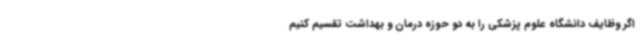
اگر وظایف دانشگاه علوم پزشکی را به دو حوزه درمان و بهداشت تقسیم کنیم